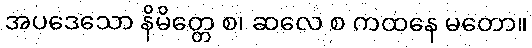
အပဒေသော နိမိတ္တေ စ၊ ဆလေ စ ကထနေ မတော။